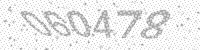
Solution: 060478